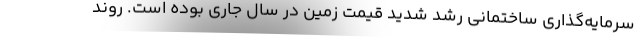
سرمایه‌گذاری ساختمانی رشد شدید قیمت زمین در سال جاری بوده است. روند